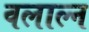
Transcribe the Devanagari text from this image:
वलाल्न